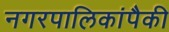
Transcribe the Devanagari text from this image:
नगरपालिकांपैकी